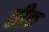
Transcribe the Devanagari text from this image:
छीक